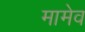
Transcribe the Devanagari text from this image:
मामेव